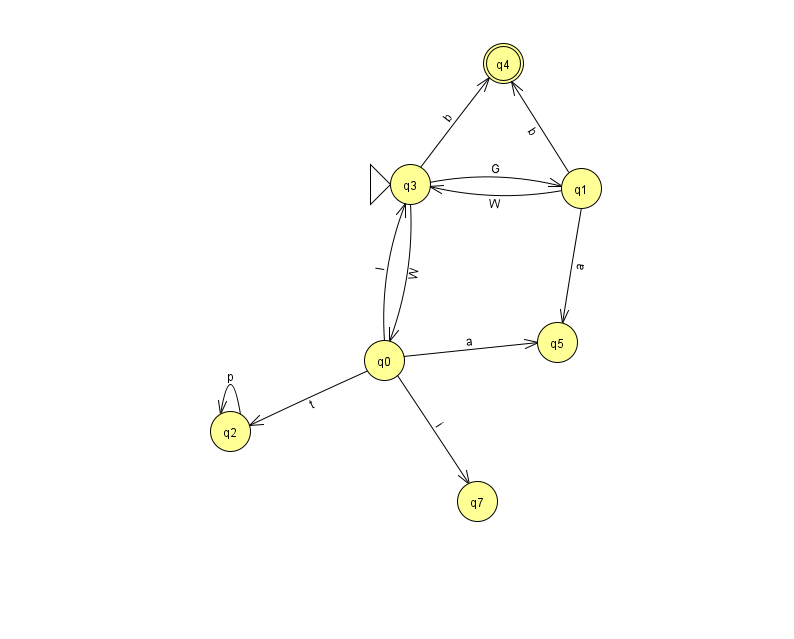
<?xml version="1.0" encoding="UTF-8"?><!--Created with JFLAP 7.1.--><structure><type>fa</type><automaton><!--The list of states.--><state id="0" name="q0"><x>384.0</x><y>347.0</y></state><state id="1" name="q1"><x>581.0</x><y>175.0</y></state><state id="2" name="q2"><x>230.0</x><y>418.0</y></state><state id="3" name="q3"><x>410.0</x><y>171.0</y><initial/></state><state id="4" name="q4"><x>503.0</x><y>50.0</y><final/></state><state id="5" name="q5"><x>557.0</x><y>329.0</y></state><state id="7" name="q7"><x>477.0</x><y>488.0</y></state><!--The list of transitions.--><transition><from>2</from><to>2</to><read>p</read></transition><transition><from>0</from><to>2</to><read>t</read></transition><transition><from>0</from><to>5</to><read>a</read></transition><transition><from>3</from><to>0</to><read>W</read></transition><transition><from>3</from><to>4</to><read>b</read></transition><transition><from>0</from><to>7</to><read>i</read></transition><transition><from>1</from><to>5</to><read>a</read></transition><transition><from>1</from><to>3</to><read>W</read></transition><transition><from>3</from><to>1</to><read>G</read></transition><transition><from>0</from><to>3</to><read>I</read></transition><transition><from>1</from><to>4</to><read>b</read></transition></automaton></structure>